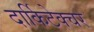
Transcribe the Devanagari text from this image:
दार्किटेक्चर